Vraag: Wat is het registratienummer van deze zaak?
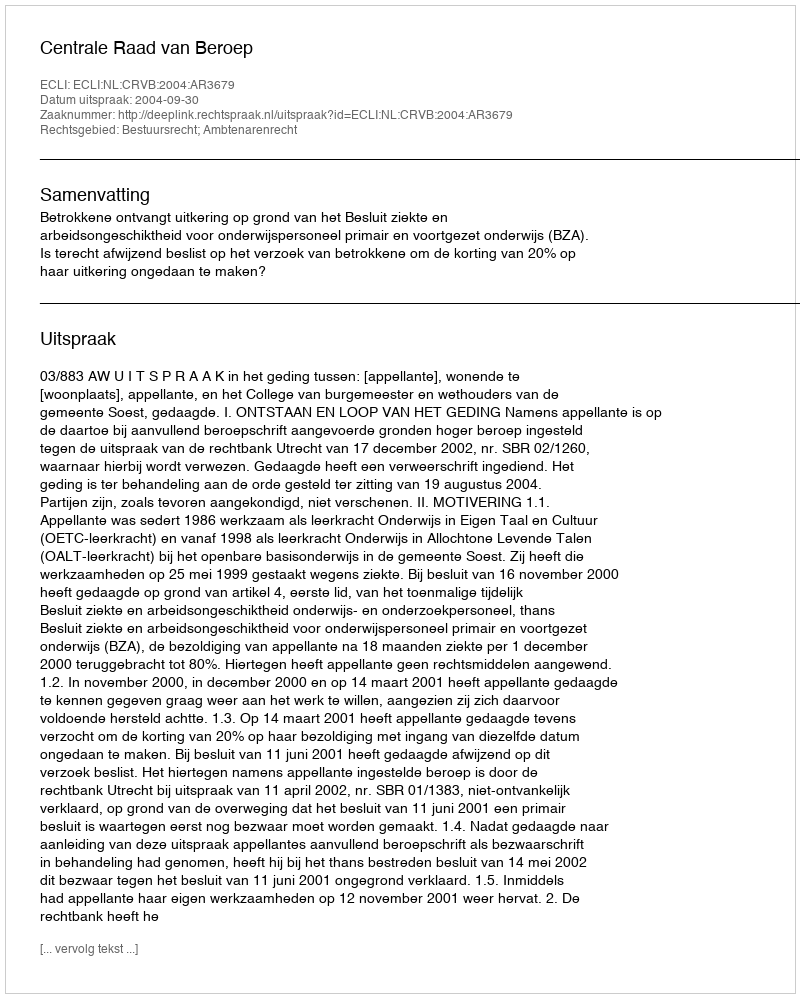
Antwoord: http://deeplink.rechtspraak.nl/uitspraak?id=ECLI:NL:CRVB:2004:AR3679